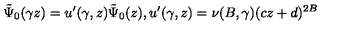
\tilde { \Psi } _ { 0 } ( \gamma z ) = u ^ { \prime } ( \gamma , z ) \tilde { \Psi } _ { 0 } ( z ) , u ^ { \prime } ( \gamma , z ) = \nu ( B , \gamma ) ( c z + d ) ^ { 2 B }